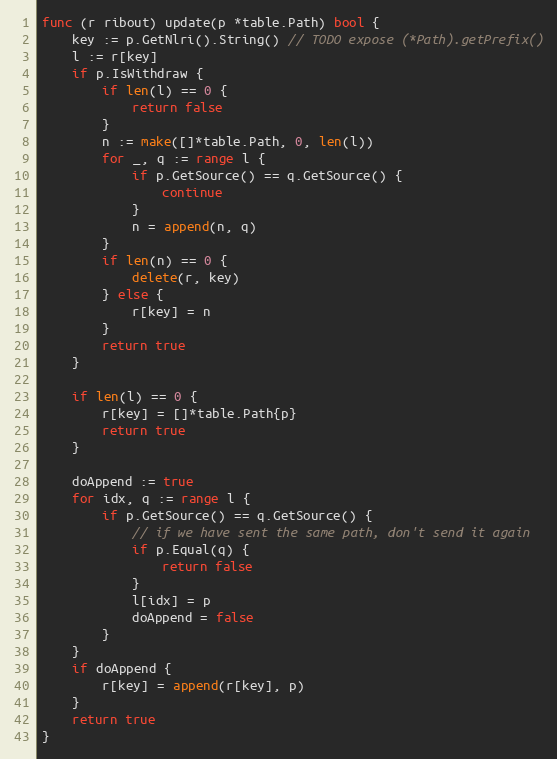
Language: Go
func (r ribout) update(p *table.Path) bool {
	key := p.GetNlri().String() // TODO expose (*Path).getPrefix()
	l := r[key]
	if p.IsWithdraw {
		if len(l) == 0 {
			return false
		}
		n := make([]*table.Path, 0, len(l))
		for _, q := range l {
			if p.GetSource() == q.GetSource() {
				continue
			}
			n = append(n, q)
		}
		if len(n) == 0 {
			delete(r, key)
		} else {
			r[key] = n
		}
		return true
	}

	if len(l) == 0 {
		r[key] = []*table.Path{p}
		return true
	}

	doAppend := true
	for idx, q := range l {
		if p.GetSource() == q.GetSource() {
			// if we have sent the same path, don't send it again
			if p.Equal(q) {
				return false
			}
			l[idx] = p
			doAppend = false
		}
	}
	if doAppend {
		r[key] = append(r[key], p)
	}
	return true
}